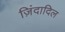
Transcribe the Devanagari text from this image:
ज़िंदादिल